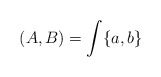
\begin{align*}(A,B) = \int \{a,b\} \end{align*}